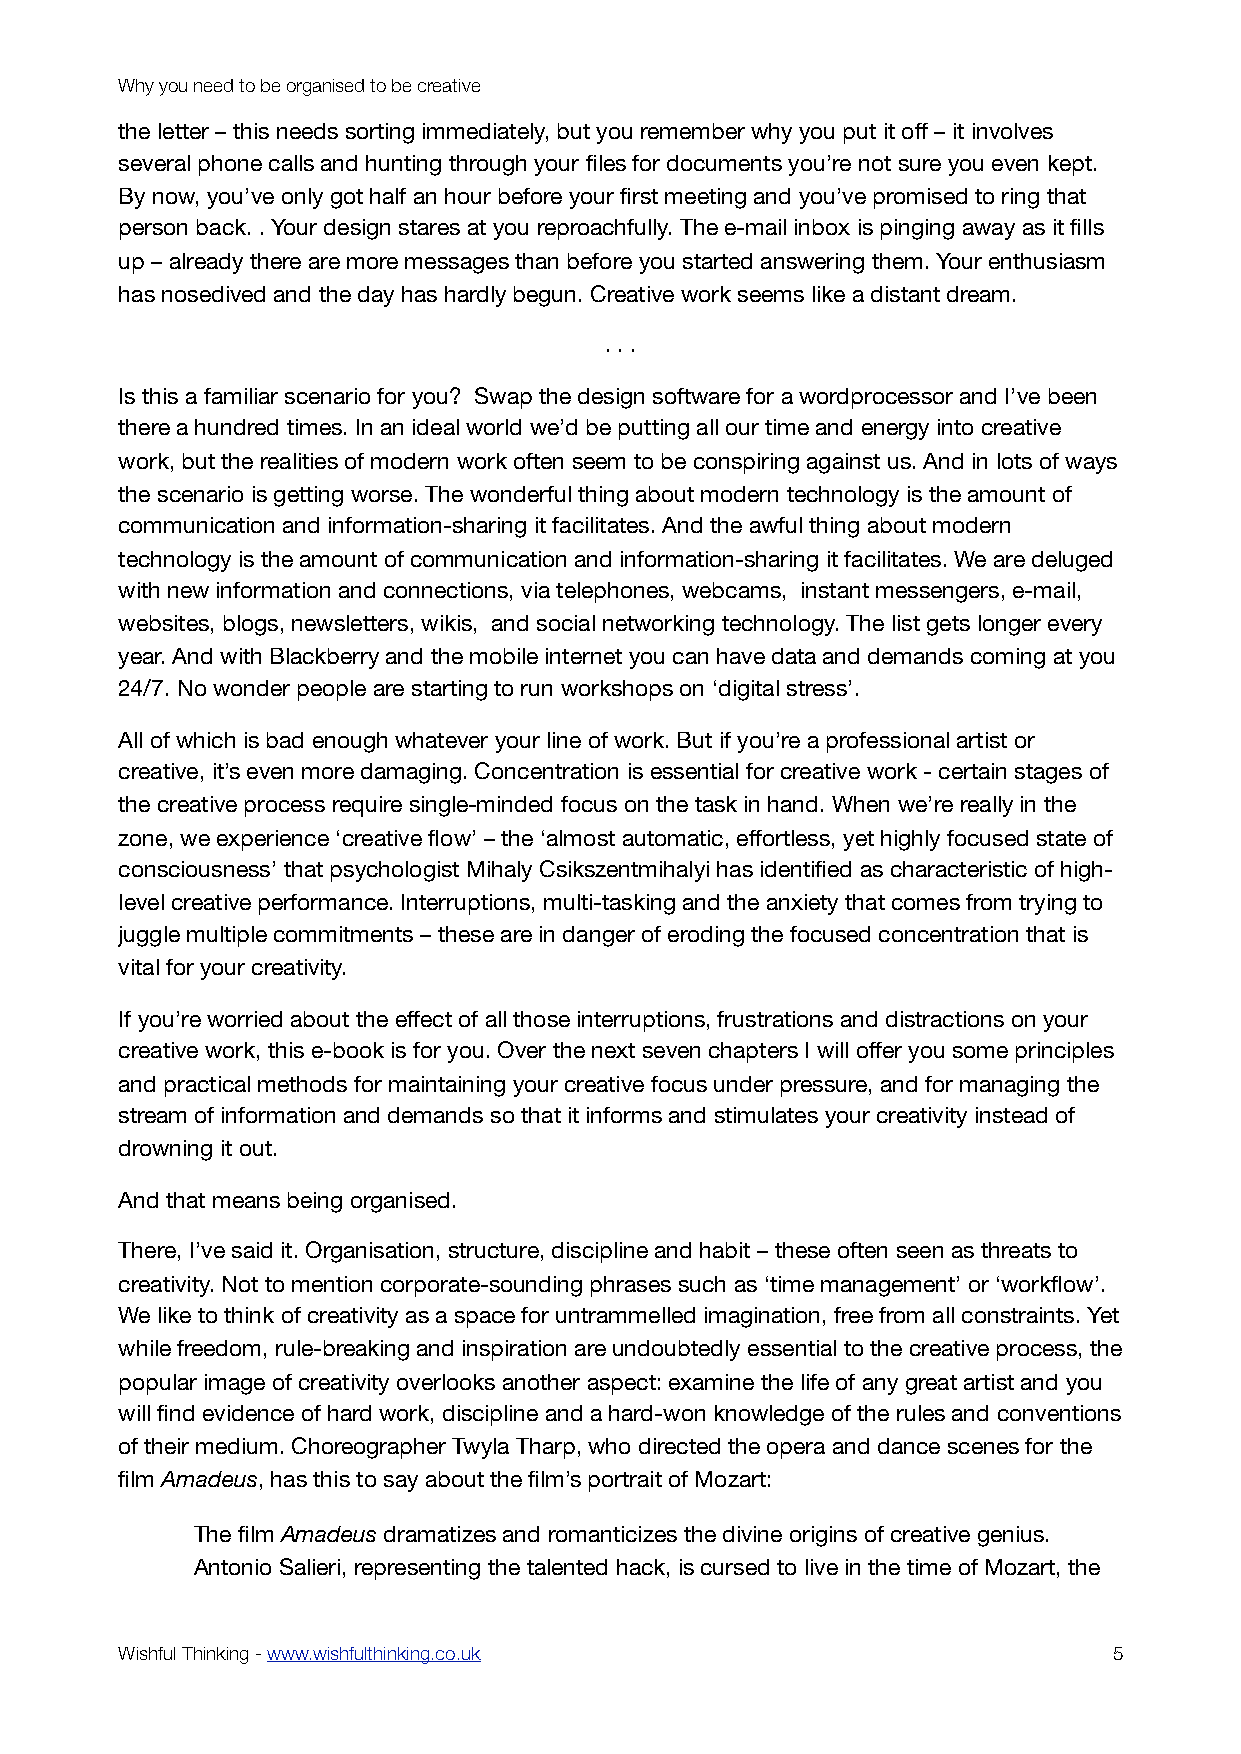
Why you need to be organised to be creative
 the letter – this needs sorting immediately, but you remember why you put it off – it involves
 several phone calls and hunting through your files for documents you’re not sure you even kept.
 By now, you’ve only got half an hour before your first meeting and you’ve promised to ring that
 person back. . Your design stares at you reproachfully. The e-mail inbox is pinging away as it fills
 up – already there are more messages than before you started answering them. Your enthusiasm
 has nosedived and the day has hardly begun. Creative work seems like a distant dream.
 . . .
 Is this a familiar scenario for you? Swap the design software for a wordprocessor and I’ve been
 there a hundred times. In an ideal world we’d be putting all our time and energy into creative
 work, but the realities of modern work often seem to be conspiring against us. And in lots of ways
 the scenario is getting worse. The wonderful thing about modern technology is the amount of
 communication and information-sharing it facilitates. And the awful thing about modern
 technology is the amount of communication and information-sharing it facilitates. We are deluged
 with new information and connections, via telephones, webcams, instant messengers, e-mail,
 websites, blogs, newsletters, wikis, and social networking technology. The list gets longer every
 year. And with Blackberry and the mobile internet you can have data and demands coming at you
 24/7. No wonder people are starting to run workshops on ‘digital stress’.
 All of which is bad enough whatever your line of work. But if you’re a professional artist or
 creative, it’s even more damaging. Concentration is essential for creative work - certain stages of
 the creative process require single-minded focus on the task in hand. When we’re really in the
 zone, we experience ‘creative flow’ – the ‘almost automatic, effortless, yet highly focused state of
 consciousness’ that psychologist Mihaly Csikszentmihalyi has identified as characteristic of high-
 level creative performance. Interruptions, multi-tasking and the anxiety that comes from trying to
 juggle multiple commitments – these are in danger of eroding the focused concentration that is
 vital for your creativity.
 If you’re worried about the effect of all those interruptions, frustrations and distractions on your
 creative work, this e-book is for you. Over the next seven chapters I will offer you some principles
 and practical methods for maintaining your creative focus under pressure, and for managing the
 stream of information and demands so that it informs and stimulates your creativity instead of
 drowning it out.
 And that means being organised.
 There, I’ve said it. Organisation, structure, discipline and habit – these often seen as threats to
 creativity. Not to mention corporate-sounding phrases such as ‘time management’ or ‘workflow’.
 We like to think of creativity as a space for untrammelled imagination, free from all constraints. Yet
 while freedom, rule-breaking and inspiration are undoubtedly essential to the creative process, the
 popular image of creativity overlooks another aspect: examine the life of any great artist and you
 will find evidence of hard work, discipline and a hard-won knowledge of the rules and conventions
 of their medium. Choreographer Twyla Tharp, who directed the opera and dance scenes for the
 film Amadeus, has this to say about the film’s portrait of Mozart:
 The film Amadeus dramatizes and romanticizes the divine origins of creative genius.
 Antonio Salieri, representing the talented hack, is cursed to live in the time of Mozart, the
 Wishful Thinking - www.wishfulthinking.co.uk                      5